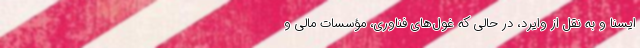
ایسنا و به نقل از وایرد، در حالی که غول‌های فناوری، مؤسسات مالی و